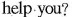
help you?